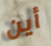
أين